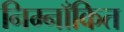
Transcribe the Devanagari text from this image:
निम्नाँकित